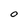
Character: O